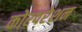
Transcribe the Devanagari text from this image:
कोरपरेशन